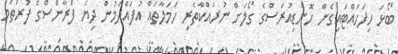
ބޯޅަ ހިފަހައްޓައިގެން ހޮންޑިއުރަސްގެ ގޯލަށް ނުރައްކާތެރި ހަމަލާތައް އުފައްދަމުން ދިޔަ ފްރާންސްގެ ފުރަތަމަ